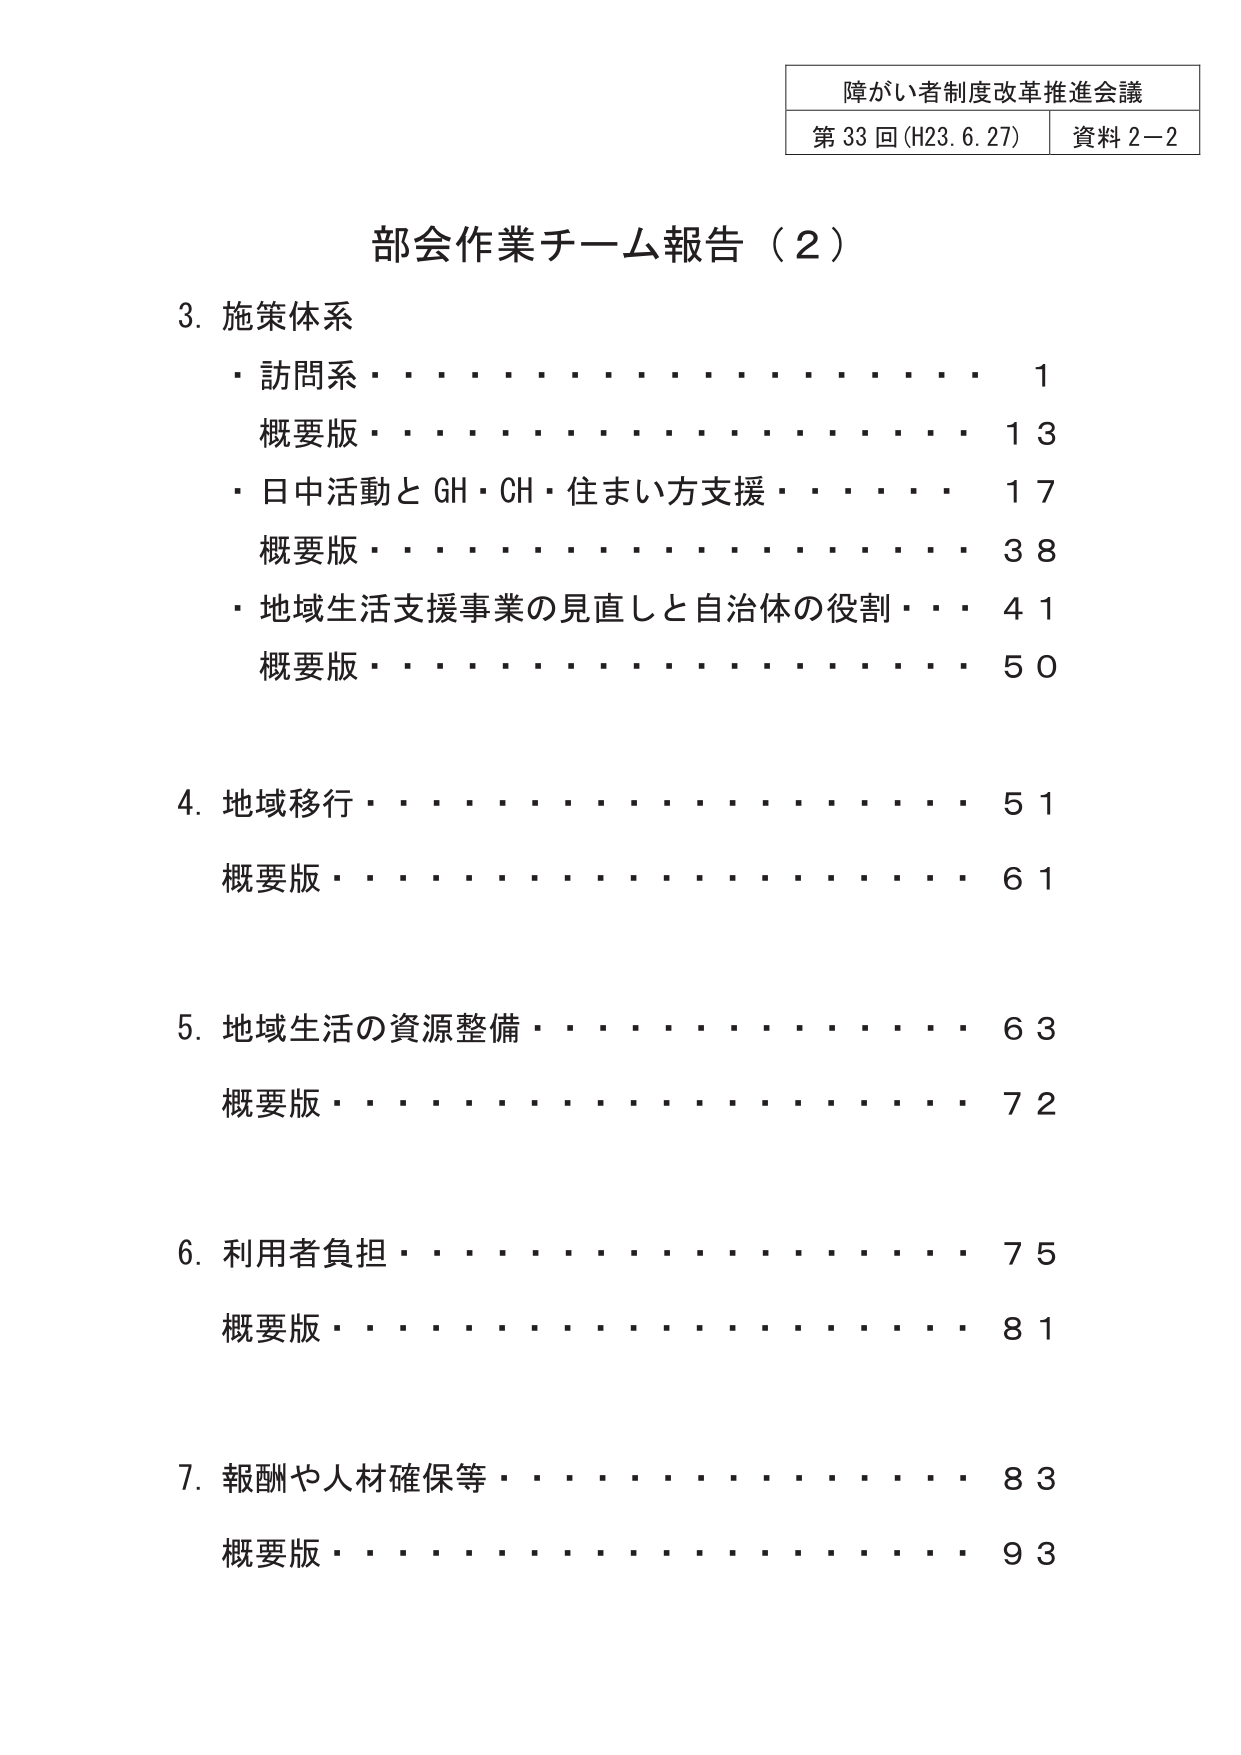
障がい者制度改革推進会議
第33回（H23.6.27） 資料2-2

部会作業チーム報告（2）

3. 施策体系
・訪問系・・・・・・・・・・・・・・・・・・1
　概要版・・・・・・・・・・・・・・・・・・13
・日中活動とGH・CH・住まい方支援・・・・・・17
　概要版・・・・・・・・・・・・・・・・・・38
・地域生活支援事業の見直しと自治体の役割・・・41
　概要版・・・・・・・・・・・・・・・・・・50

4. 地域移行・・・・・・・・・・・・・・・・・・51
　概要版・・・・・・・・・・・・・・・・・・61

5. 地域生活の資源整備・・・・・・・・・・・・63
　概要版・・・・・・・・・・・・・・・・・・72

6. 利用者負担・・・・・・・・・・・・・・・・75
　概要版・・・・・・・・・・・・・・・・・・81

7. 報酬や人材確保等・・・・・・・・・・・・・83
　概要版・・・・・・・・・・・・・・・・・・93